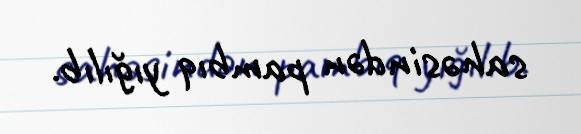
sahəsindən pambıq yığılıb.